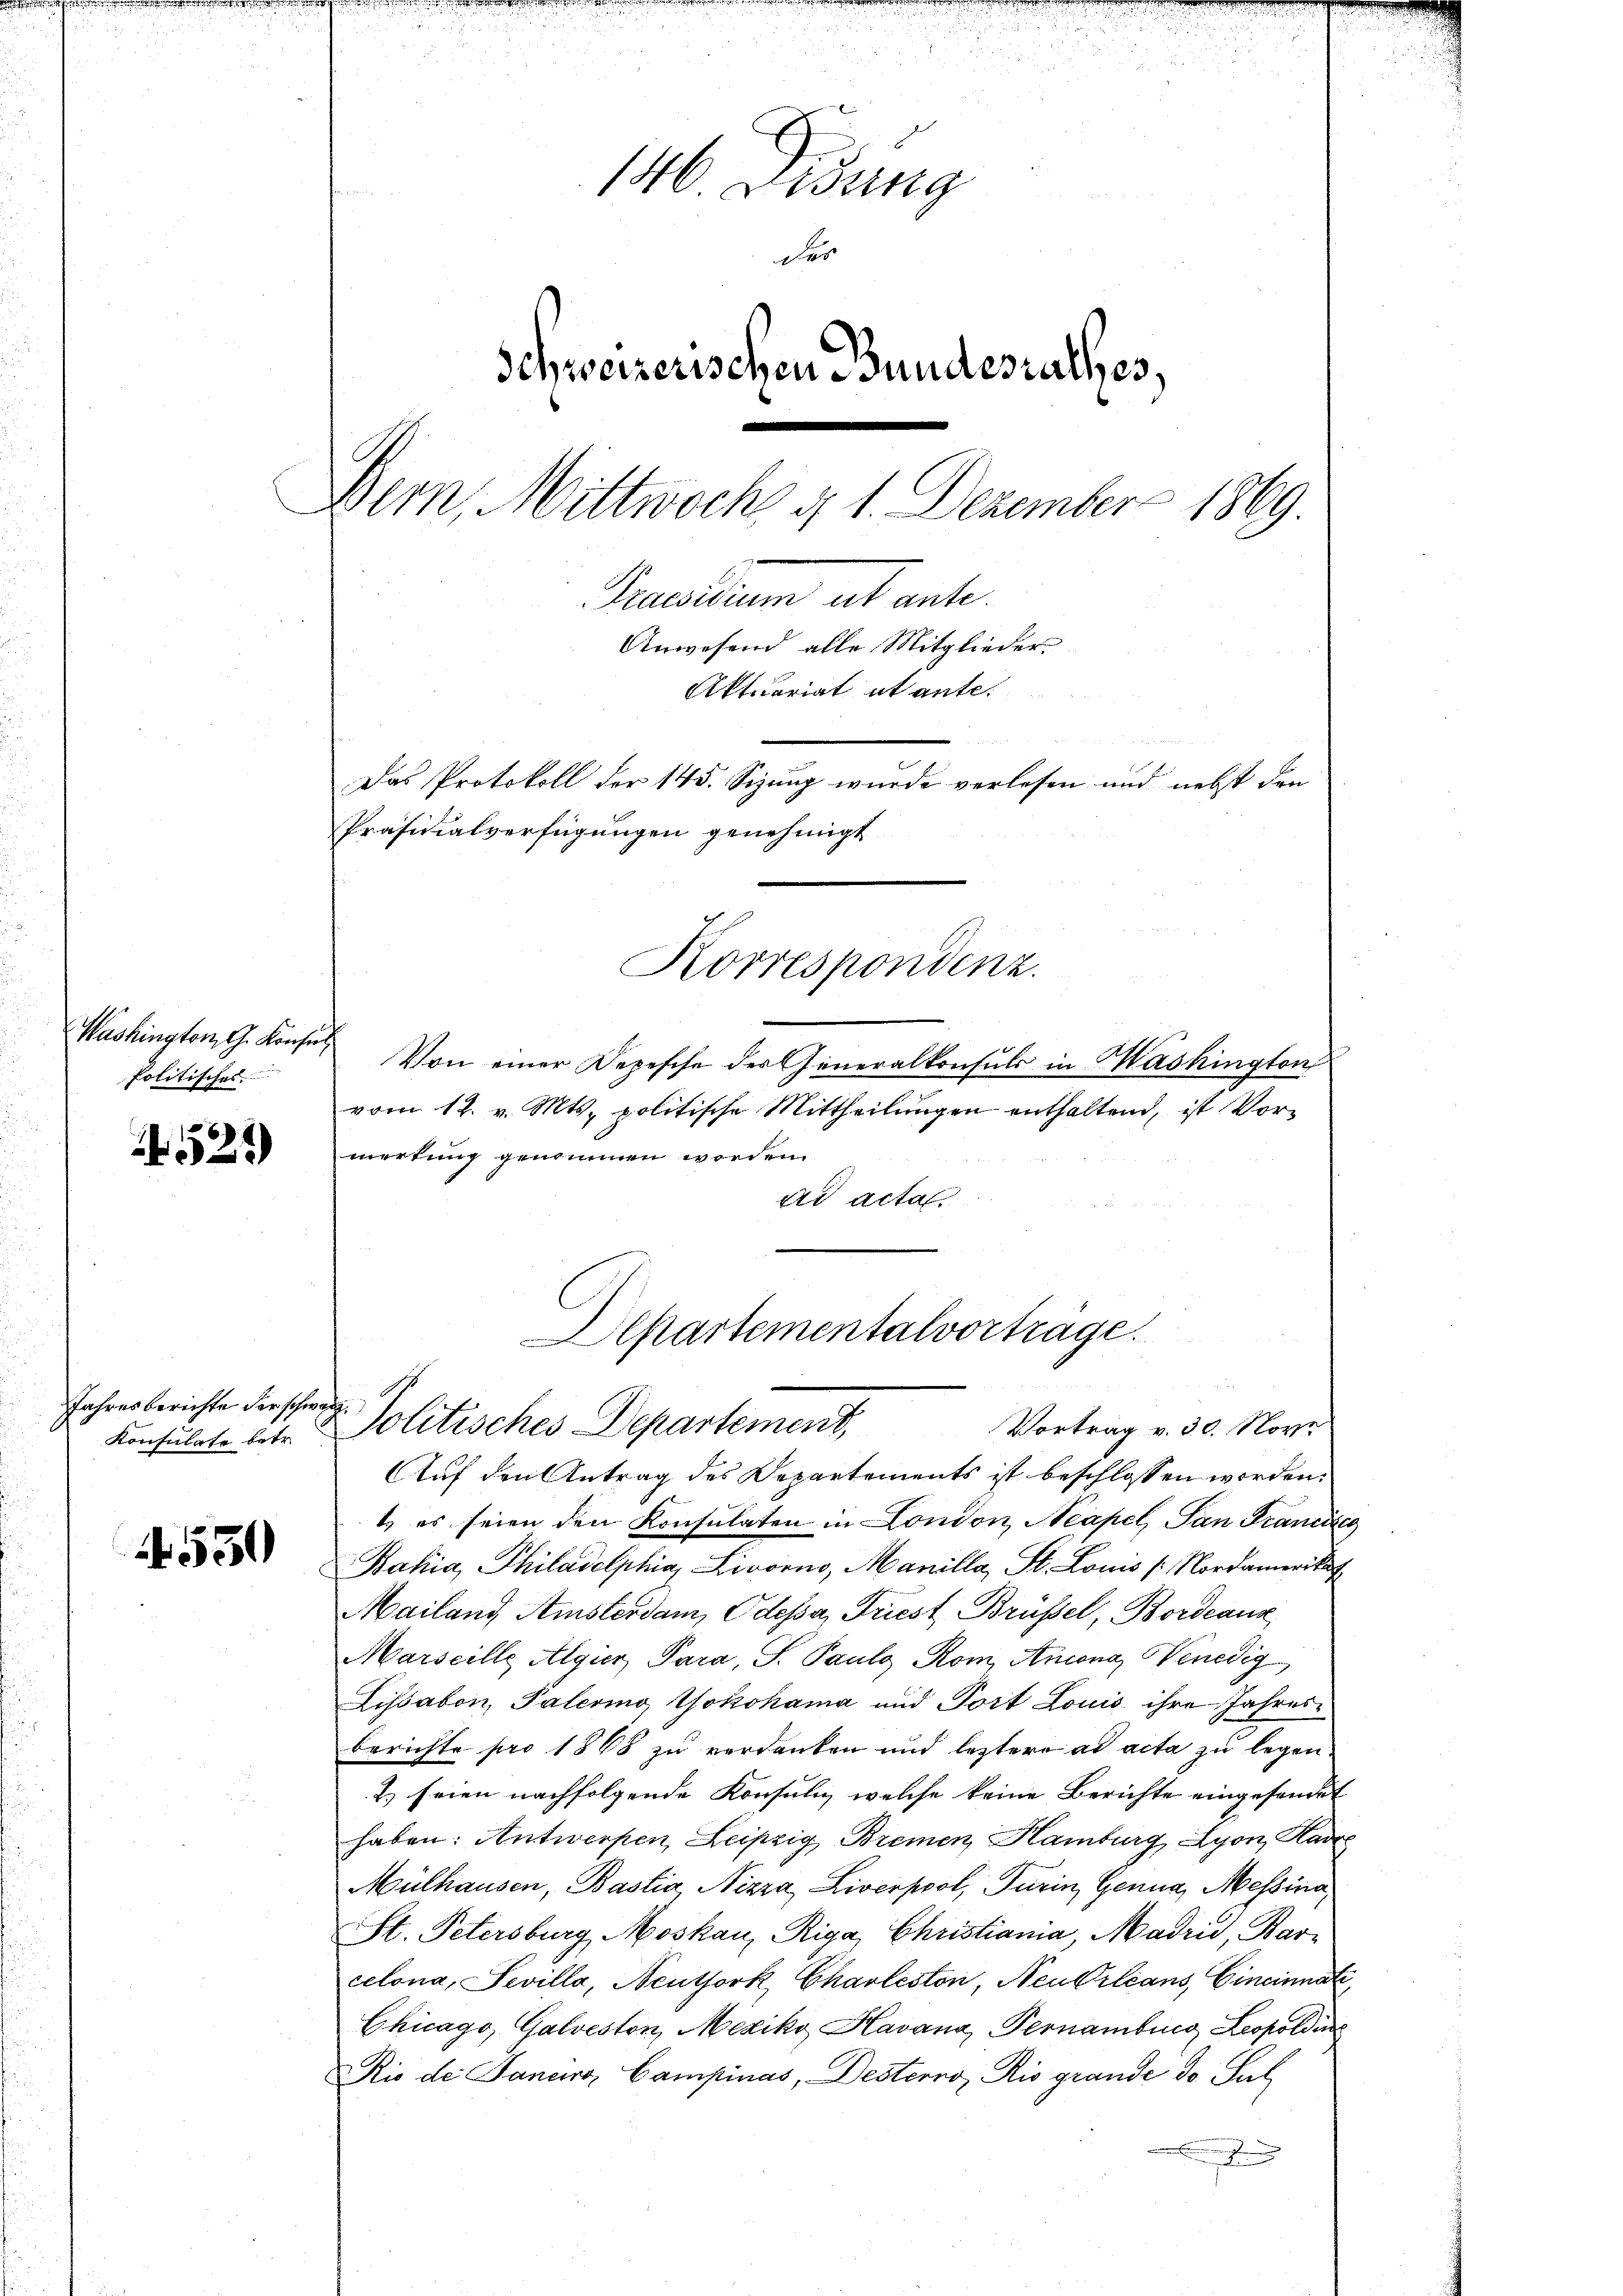
Washington, G. Konsul
Politisches

2525)

Jahresberichte der schwarz
Konsulate betr.

4530

146. Lesung
der
Schweizerischen Bundesrathes,
Bern, Mittwoch d. 1. Dezember 1869.
Peueritum ab ante
Anwesend alle Mitglieder
Aktuariat et ante.
Das Protokoll der 145. Sizung wurde verlesen und nebst den
Präsidialverfügungen genehmigt
Korrespondenz.

Von einer Depesche der Generalkonsuls in Mashington
vom 12. v. Mts. politische Mittheilungen enthaltend, ist Vormerkung genommen worden.
ad acta.
Auf den Antrag des Departements ist beschlossen worden.
t es seien den Konsulaten in London Neapel, San Francik
Bahia, Philadelphia, Livorno, Manilla, St. Louis s. Nordamerikat
Mailand Amsterdam, Odessa, Triest Brusel, Bordeaux
Marseille Algier, Para, S. Paulg Rom, Ancona, Venedig
Lissabon, Palerino, Yokohama und Port Louis ihre Jahresberichte pro 1868 zu verdanken und leztere ad acta zu legen.
2.) seien nachfolgende Konsuli, welche keine Berichte eingesendet
haben: Antwerpen Leipzig, Bremen Hamburg, Lyon, Kan
Mülhausen, Bastia Nizza, Liverpool, Turin, Genua, Messina,
St. Petersburg, Moskau, Riga Christiana, Madrid, Barcelona, Sevilla, Neuthork, Charleston, Neubileans, Cincinnat
Chicago, Galveston, Mexiko Havana, Pernamburg Leopoldin
Rio de Janeiro, Campinas, Desterro, Rio grande do. Sul
.

Departementalvorträge.
Politisches Departement,
Vortrag v. 30. Nove